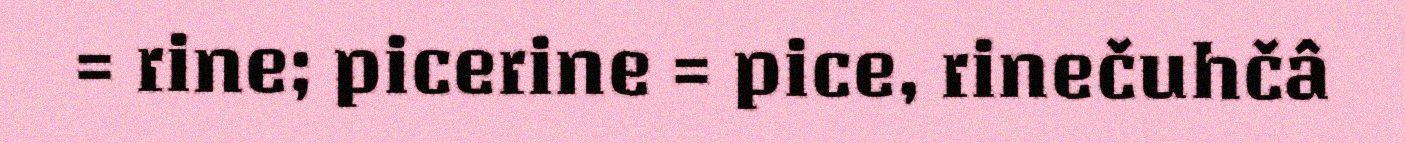
= rine; picerine = pice, rinečuhčâ